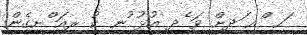
ަޙ ްއ ަދށް ވަ ެދ އުޅު ުނ ކު ިރއަ ްށގެން